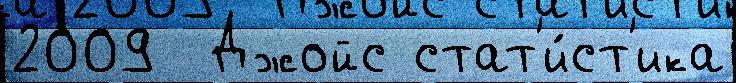
2009  Джойс стат'и́ст'ика